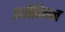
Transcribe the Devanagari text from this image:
इथोपियन